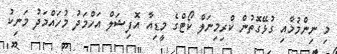
މި ނިންމުމާއި ގުޅޭގޮތުން ކްރިމިނަލް ކޯޓްގެ މީޑިއާ އޮފިޝަލް އަހްމަދު މުހައްމަދު މަނިކު